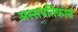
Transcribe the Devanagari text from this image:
अस्सवतिकानं